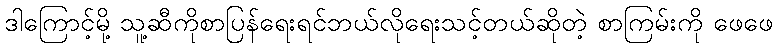
ဒါကြောင့်မို့ သူ့ဆီကိုစာပြန်ရေးရင်ဘယ်လိုရေးသင့်တယ်ဆိုတဲ့ စာကြမ်းကို ဖေဖေ